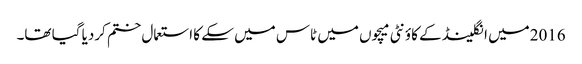
2016میں انگلینڈ کے کاؤنٹی میچوں میں ٹاس میں سکے کا استعمال ختم کردیا گیا تھا۔